Annual report on the Civil Veterinary Department, Burma (including the Insein Veterinary School) - 1923-1931
Year: 1923
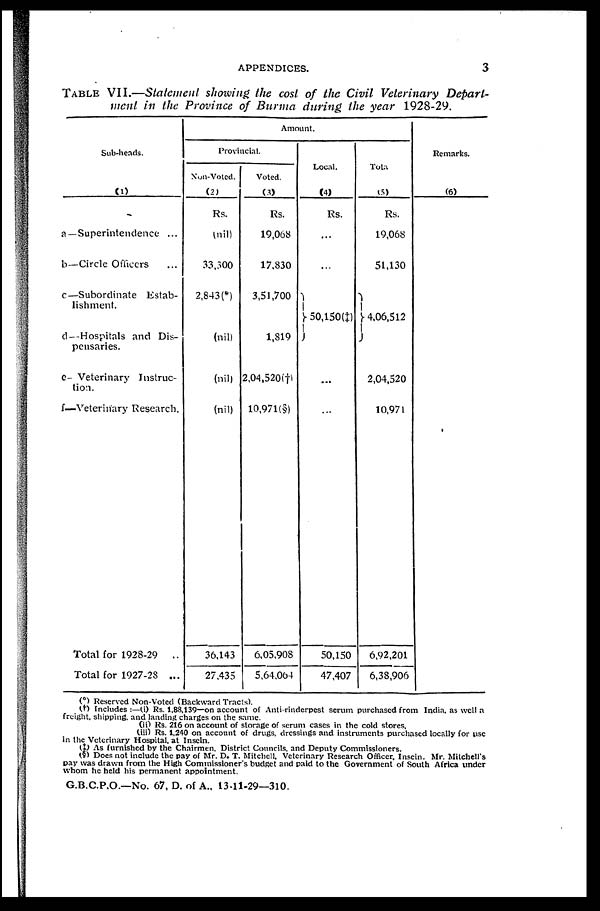
APPENDICES.
3
TABLE VII.—Statement showing the cost of the Civil Veterinary Depart-
ment in the Province of Burma during the year 1928-29.
Sub-heads.
(1)
a—Superintendence ...
b—Circle Officers ...
c—Subordinate Estab-
lishment.
d—Hospitals and Dis-
pensaries.
e- Veterinary Instruc-
tion.
f—Veterinary Research.
Total for 1928-29
..
Total for 1927-28 ...
Amount.
Provincial
Non-Voted.
(2)
Rs.
(nil)
33,300
2,843(*)
(nil)
(nil)
(nil)
36,143
27,435
Voted.
(3)
Rs.
19,068
17,830
3,51,700
1,819
2,04,520(†)
10,971(§)
6,05,908
5,64,064
Local.
(4)
Rs.
...
...
50,150(‡)
...
...
50,150
47,407
Tota
(5)
Rs.
19,068
51,130
4,06,512
2,04,520
10,971
6,92,201
6,38,906
Remarks.
(6)
(*) Reserved Non-Voted (Backward Tracts).
(†) Includes :—(i) Rs. 1,88,139—on account of Anti-rinderpest serum purchased from India, as well a
freight, shipping, and landing charges on the same.
(ii) Rs. 216 on account of storage of serum cases in the cold stores,
(iii) Rs. 1,240 on account of drugs, dressings and instruments purchased locally for use
in the Veterinary Hospital, at Insein.
(‡) As furnished by the Chairmen, District Councils, and Deputy Commissioners.
(§) Does not include the pay of Mr. D. T. Mitchell, Veterinary Research Officer. Insein. Mr. Mitchell's
pay was drawn from the High Commissioner's budget and paid to the Government of South Africa under
whom he held his permanent appointment.
G.B.C.P.O.—No. 67, D. of A., 13-11-29—310.